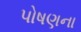
પોષણના